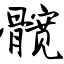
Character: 髋